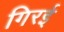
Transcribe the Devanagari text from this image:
गिरई